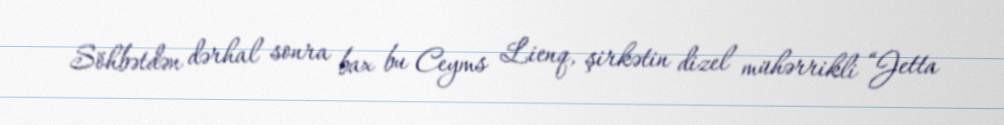
Söhbətdən dərhal sonra bax bu Ceyms Lienq, şirkətin dizel mühərrikli “Jetta